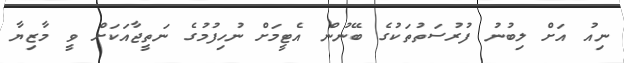
ނިއު އަށް ލިބުނު ފުރުސަތުތަކުގެ ބޭނުން އެޓީމަށް ނުހިފުމުގެ ނަތީޖާއަކަށް ވީ މާޒިޔާ